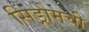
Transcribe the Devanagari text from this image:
सिंड्रोमची